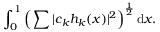
\int _ { 0 } ^ { 1 } { \Bigl ( } \sum | c _ { k } h _ { k } ( x ) | ^ { 2 } { \Bigr ) } ^ { \frac { 1 } { 2 } } \, \mathrm { d } x .